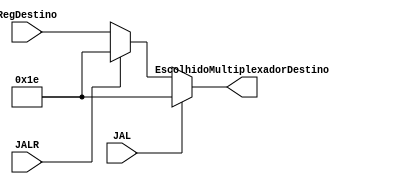
module MultiplexadorDestino(
	input [4:0] RegDestino, 
	input JAL, JALR,
	output [4:0] EscolhidoMultiplexadorDestino
);
	
	reg [4:0] escolhido;
	
	always @(*) begin
		if(JAL == 1)
			escolhido = 5'd30;
		else if (JALR == 1)
			escolhido = 5'd30;
		else begin
			escolhido = RegDestino;
		end
		
	end
	
	assign EscolhidoMultiplexadorDestino = escolhido;
	
endmodule